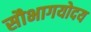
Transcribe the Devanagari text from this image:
सौभागयोदय